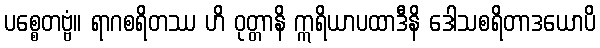
ပစ္စေတဗ္ဗံ။ ရာဂစရိတဿ ဟိ ဝုတ္တာနိ ဣရိယာပထာဒီနိ ဒေါသစရိတာဒယောပိ